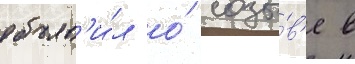
объяв'и́л о́ созы́в'е в